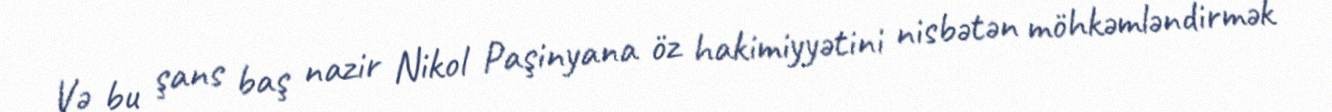
Və bu şans baş nazir Nikol Paşinyana öz hakimiyyətini nisbətən möhkəmləndirmək